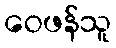
ဝေဖန်သူ